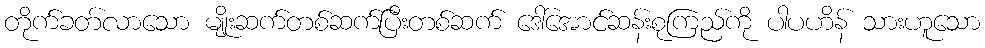
တိုက်ခတ်လာသော မျိုးဆက်တစ်ဆက်ပြီးတစ်ဆက် ဒေါ်အောင်ဆန်းစုကြည်ကို ပါပဟိန် သားဟူသော